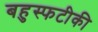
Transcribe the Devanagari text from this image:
बहुस्फटीकी